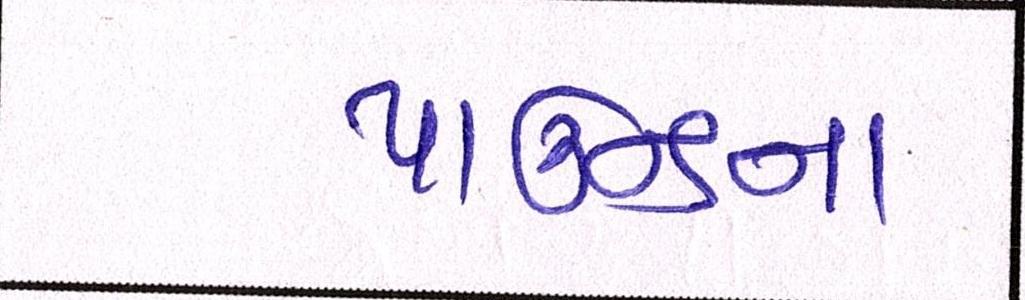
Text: પાઉન્ડના